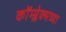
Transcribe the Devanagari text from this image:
कॉम्प्लेक्सच्या